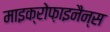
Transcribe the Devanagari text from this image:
माइक्रोफ़ाइनैन्स